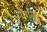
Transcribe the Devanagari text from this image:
पैंगल